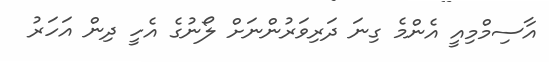
އާސިމްމިއީ އެންމެ ގިނަ ދަރިވަރުންނަށް ލޯނުގެ އެހީ ދިން އަހަރު